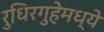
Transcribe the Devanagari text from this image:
रुधिरगुहेमध्ये